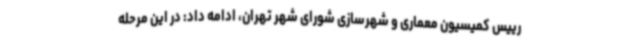
رییس کمیسیون معماری و شهرسازی شورای شهر تهران، ادامه داد: در این مرحله